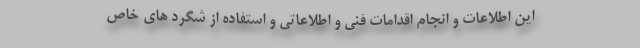
این اطلاعات و انجام اقدامات فنی و اطلاعاتی و استفاده از شگرد های خاص